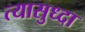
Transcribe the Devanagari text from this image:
त्यासुध्दा